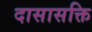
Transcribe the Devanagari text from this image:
दासासक्ति